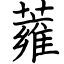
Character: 蕹